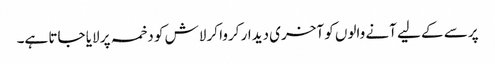
پرسے کے لیے آنے والوں کو آخری دیدار کروا کر لاش کو دخمہ پر لایا جاتا ہے۔